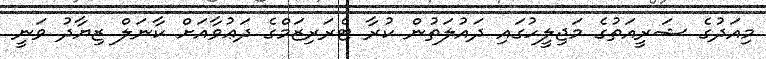
މިއަދުގެ ޝަރީއަތުގެ މަޖިލީހުގައި ދައުލަތުން ކުރާ ޓެރަރިޒަމްގެ ދަޢުވާއަށް ކާނަލް ޒިޔާދު ވަނީ